Indian journal of veterinary science and animal husbandry - Volume 1,
Year: 1931
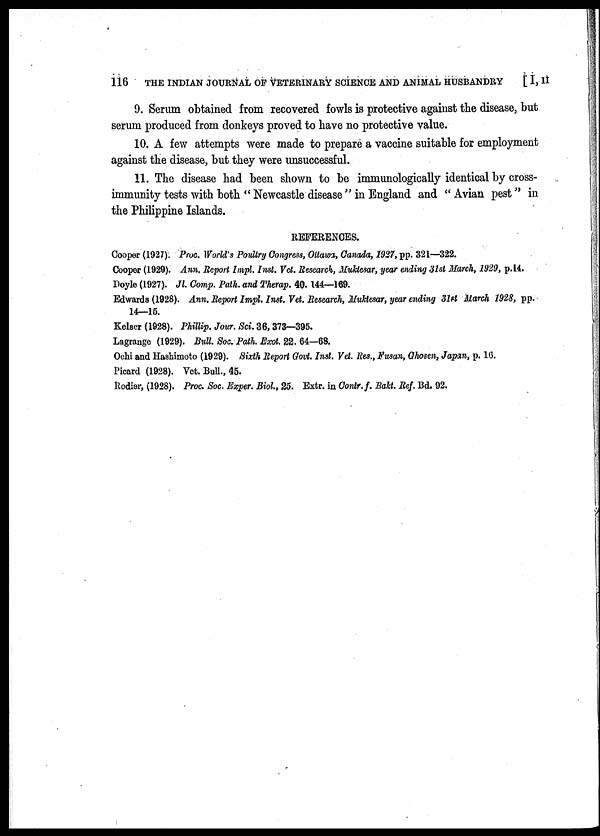
116
THE INDIAN JOURNAL OF VETERINARY SCIENCE AND ANIMAL HUSBANDRY [ I, II
9. Serum obtained from recovered fowls is protective against the disease, but
serum produced from donkeys proved to have no protective value.
10. A few attempts were made to prepare a vaccine suitable for employment
against the disease, but they were unsuccessful.
11. The disease had been shown to be immunologically identical by cross-
immunity tests with both " Newcastle disease " in England and " Avian pest " in
the Philippine Islands.
REFERENCES.
Cooper (1927). Proc. World's Poultry Congress, Ottawa, Canada, 1927, pp. 321—322.
Cooper (1929). Ann. Report Impl. Inst. Vet. Research, Muktesar, year ending 31st March, 1929, p.14.
Doyle (1927). Jl. Comp. Path. and Therap. 40. 144—169.
Edwards (1928). Ann. Report Impl. Inst. Vet. Research, Muktesar, year ending 31st March 1928, pp.
14—15.
Kelser (1928). Phillip. Jour. Sci. 36, 373—395.
Lagrange (1929). Bull. Soc. Path. Exot. 22. 64—68.
Ochi and Hashimoto (1929). Sixth Report Govt. Inst. Vet. Res., Fusan, Chosen, Japan, p. 16.
Picard (1928). Vet. Bull., 45.
Rodier, (1928). Proc. Soc. Exper. Biol., 25. Extr. in Contr. f. Bakt. Ref. Bd. 92.